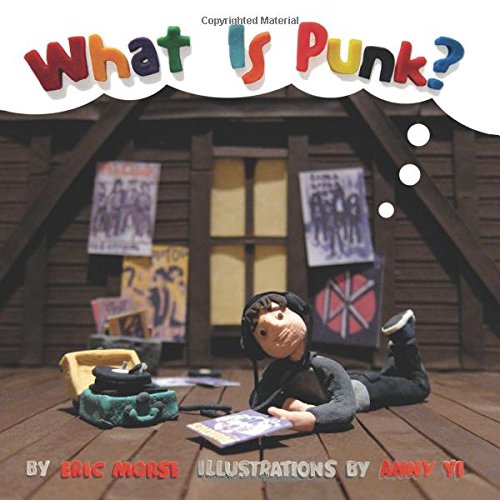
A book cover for What Is Punk?; Eric Morse; Arts & Photography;